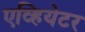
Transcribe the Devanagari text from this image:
एव्हियेटर